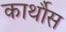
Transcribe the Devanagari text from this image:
कार्थौस